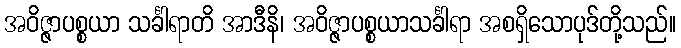
အဝိဇ္ဇာပစ္စယာ သင်္ခါရာတိ အာဒီနိ၊ အဝိဇ္ဇာပစ္စယာသင်္ခါရာ အစရှိသောပုဒ်တို့သည်။